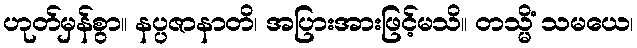
ဟုတ်မှန်စွာ။ နပ္ပဇာနာတိ၊ အပြားအားဖြင့်မသိ။ တသ္မိံ သမယေ၊